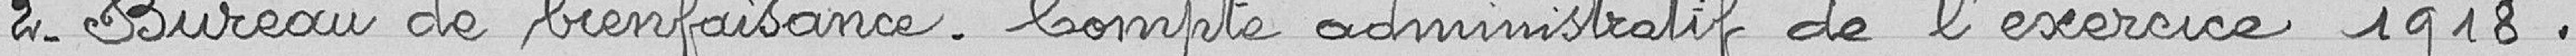
2- Bureau de bienfaisance - Compte administratif de l'exercice 1918